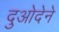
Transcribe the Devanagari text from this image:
दुओदेने